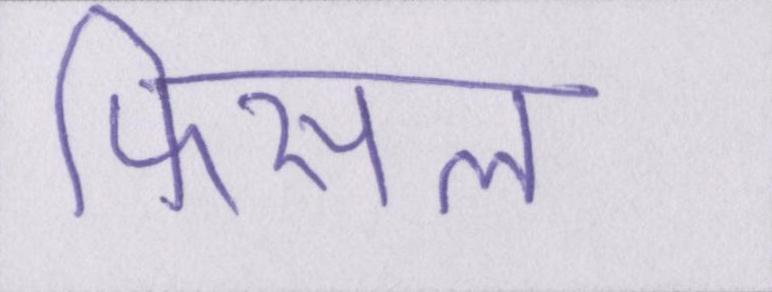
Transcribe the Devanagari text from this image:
फिसल